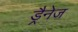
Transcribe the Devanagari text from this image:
ड्रैनेज